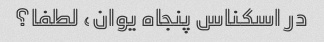
در اسکناس پنجاه یوان، لطفا؟